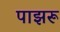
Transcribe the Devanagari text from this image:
पाझरू